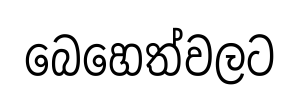
බෙහෙත්වලට